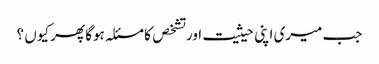
جب میری اپنی حیثیت اور تشخص کا مسئلہ ہوگا پھر کیوں ؟